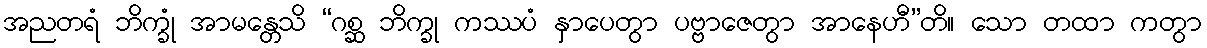
အညတရံ ဘိက္ခုံ အာမန္တေသိ “ဂစ္ဆ ဘိက္ခု ကဿပံ နှာပေတွာ ပဗ္ဗာဇေတွာ အာနေဟီ”တိ။ သော တထာ ကတွာ